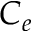
C _ { e }